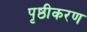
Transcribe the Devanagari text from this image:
पृष्ठीकरण